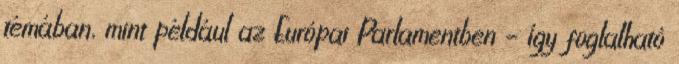
témában, mint például az Európai Parlamentben – így foglalható